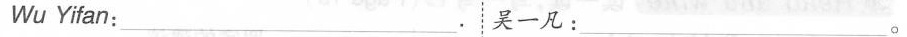
Wu Yifan:___. 吴一凡：____。